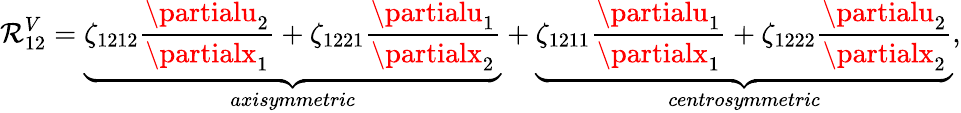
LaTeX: \mathcal{R}_{12}^{V}=\underbrace{{\zeta_{1212}\frac{{\partialu_{2}}}{{\partialx_{1}}}+\zeta_{1221}\frac{{\partialu_{1}}}{{\partialx_{2}}}}}_{axisymmetric}+\underbrace{{\zeta_{1211}\frac{{\partialu_{1}}}{{\partialx_{1}}}+\zeta_{1222}\frac{{\partialu_{2}}}{{\partialx_{2}}}}}_{centrosymmetric},